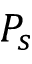
P _ { s }